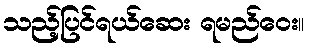
သည့်ပြင်ရယ်ဆေး ရမည်ဝေး။